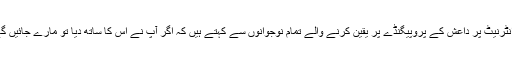
ہم انٹرنیٹ پر داعش کے پروپیگنڈے پر یقین کرنے والے تمام نوجوانوں سے کہتے ہیں کہ اگر آپ نے اس کا ساتھ دیا تو مارے جائیں گے۔